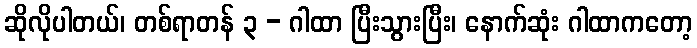
ဆိုလိုပါတယ်၊ တစ်ရာတန် ၃ - ဂါထာ ပြီးသွားပြီး၊ နောက်ဆုံး ဂါထာကတော့